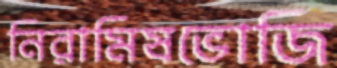
নিরামিষভোজি